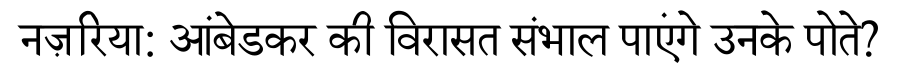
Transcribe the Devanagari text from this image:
नज़रिया: आंबेडकर की विरासत संभाल पाएंगे उनके पोते?